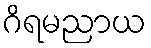
ဂိရမညာယ